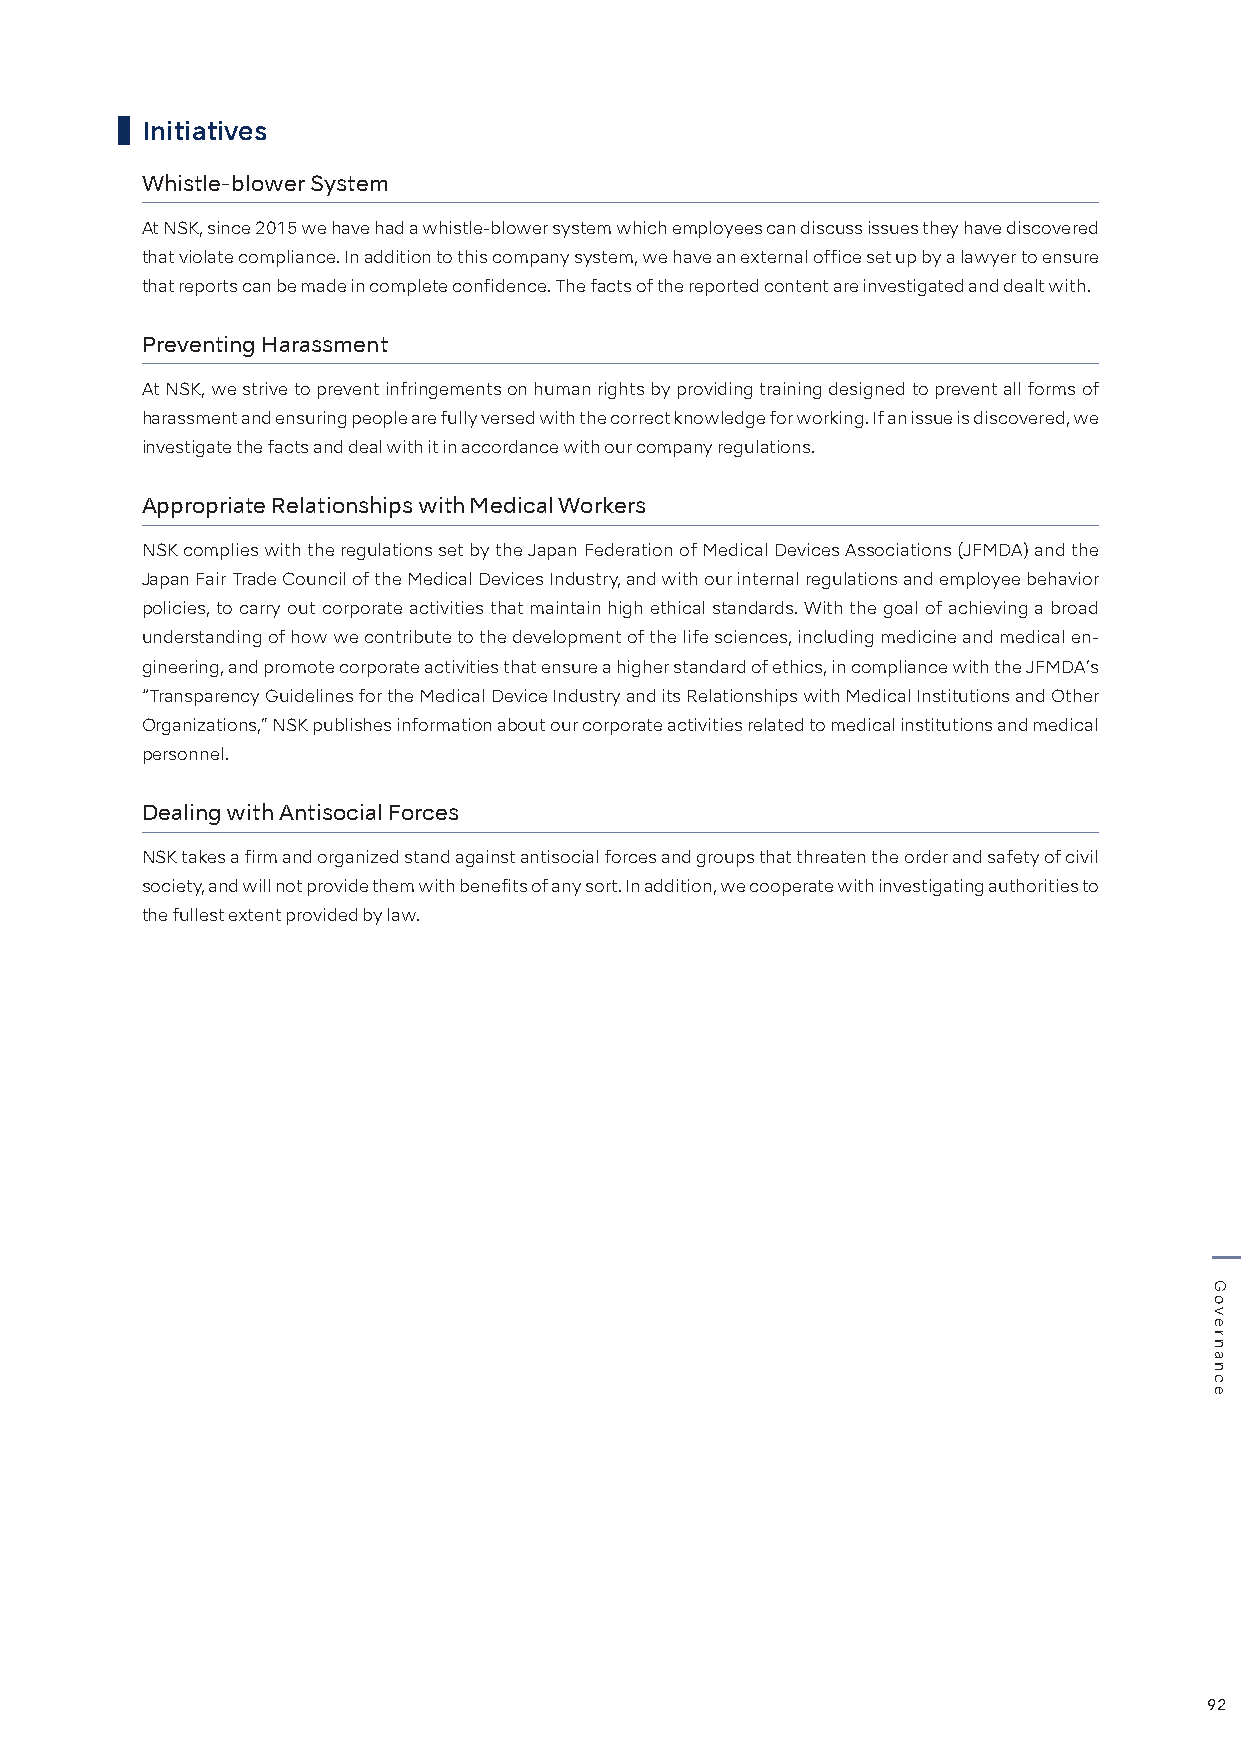
Initiatives
 Whistle-blower System
 At NSK, since 2015 we have had a whistle-blower system which employees can discuss issues they have discovered
 that violate compliance. In addition to this company system, we have an external office set up by a lawyer to ensure
 that reports can be made in complete confidence. The facts of the reported content are investigated and dealt with.
 Preventing Harassment
 At NSK, we strive to prevent infringements on human rights by providing training designed to prevent all forms of
 harassment and ensuring people are fully versed with the correct knowledge for working. If an issue is discovered, we
 investigate the facts and deal with it in accordance with our company regulations.
 Appropriate Relationships with Medical Workers
 NSK complies with the regulations set by the Japan Federation of Medical Devices Associations (JFMDA) and the
 Japan Fair Trade Council of the Medical Devices Industry, and with our internal regulations and employee behavior
 policies, to carry out corporate activities that maintain high ethical standards. With the goal of achieving a broad
 understanding of how we contribute to the development of the life sciences, including medicine and medical en-
 gineering, and promote corporate activities that ensure a higher standard of ethics, in compliance with the JFMDA’s
 “Transparency Guidelines for the Medical Device Industry and its Relationships with Medical Institutions and Other
 Organizations,” NSK publishes information about our corporate activities related to medical institutions and medical
 personnel.
 Dealing with Antisocial Forces
 NSK takes a firm and organized stand against antisocial forces and groups that threaten the order and safety of civil
 society, and will not provide them with benefits of any sort. In addition, we cooperate with investigating authorities to
 the fullest extent provided by law.
 92
 Governance